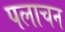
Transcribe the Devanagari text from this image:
पलाचन